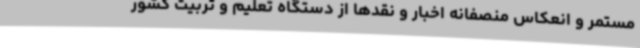
مستمر و انعکاس منصفانه اخبار و نقدها از دستگاه تعلیم و تربیت کشور